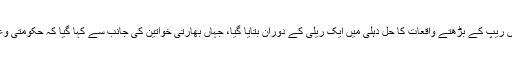
برطانوی نشریاتی ادارے نے بھارت سے متعلق ایک رپورٹ میں بتایا کہ بھارت میں ریپ کے بڑھتے واقعات کا حل دہلی میں ایک ریلی کے دوران بتایا گیا، جہاں بھارتی خواتین کی جانب سے کہا گیا کہ حکومتی وعدوں کے باوجود ہم نے ملک میں بڑھتے ہوئے ریپ کلچر کے بارے میں بولنا ہوگا۔